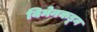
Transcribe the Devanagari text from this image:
विमेनकडून